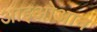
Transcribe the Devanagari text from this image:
आइओआन